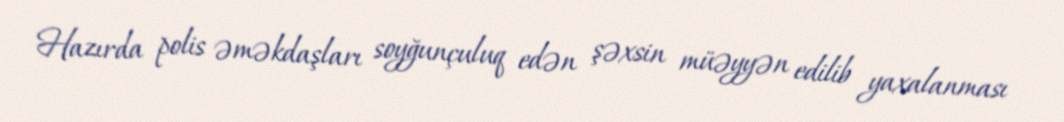
Hazırda polis əməkdaşları soyğunçuluq edən şəxsin müəyyən edilib yaxalanması